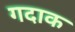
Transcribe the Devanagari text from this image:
गदाक